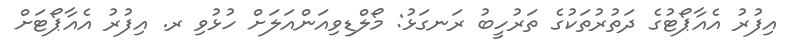
އިފުރު އެއާޕޯޓުގެ ދަތުރުތަކުގެ ތަރުހީބު ރަނގަޅު: މޯލްޑިވިއަންއަލަަށް ހުޅުވި ރ. އިފުރު އެއާޕޯޓަށް